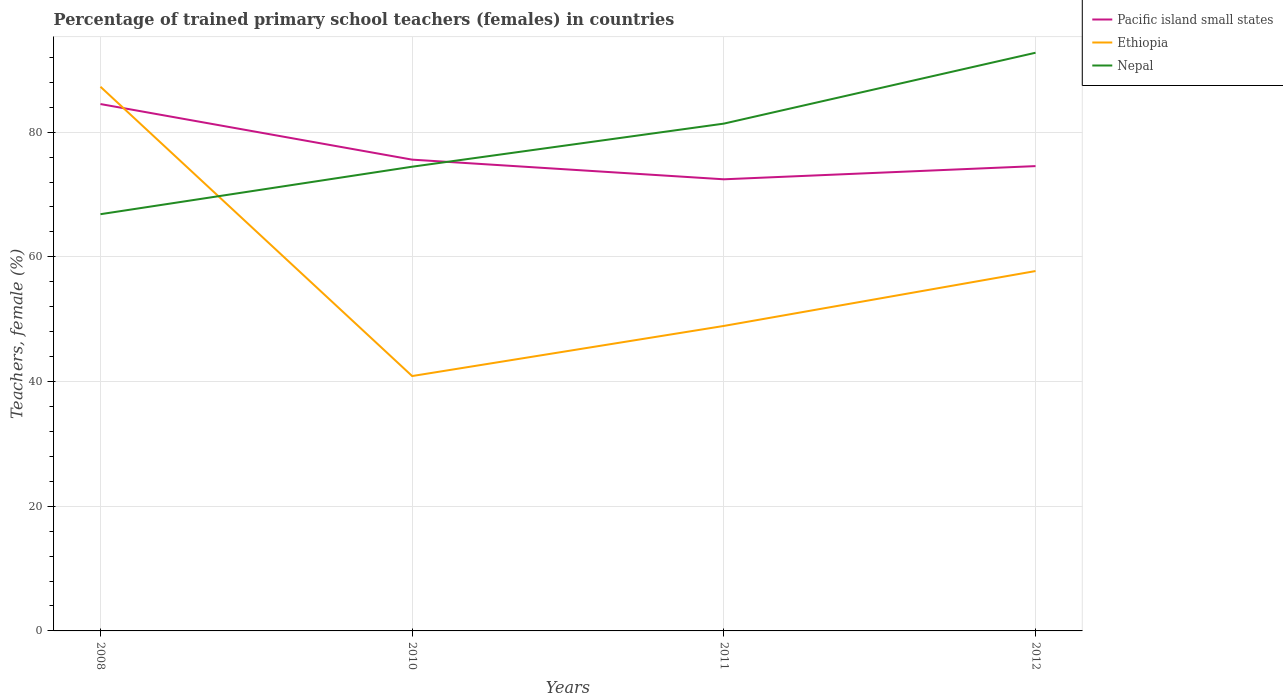
| Years | Pacific island small states | Ethiopia | Nepal |
 | --- | --- | --- | --- |
 | 2008 | 84.5 | 87.3 | 66.8 |
 | 2010 | 75.6 | 40.9 | 74.5 |
 | 2011 | 72.4 | 48.9 | 81.4 |
 | 2012 | 74.6 | 57.7 | 92.7 |